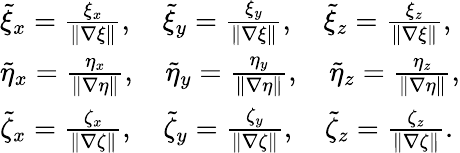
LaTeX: \begin{array}{ll}{\tilde{\xi}_{x}=\frac{\xi_{x}}{\| \nabla\xi\| },\quad\tilde{\xi}_{y}=\frac{\xi_{y}}{\| \nabla\xi\| },\quad\tilde{\xi}_{z}=\frac{\xi_{z}}{\| \nabla\xi\| },}\\ {\tilde{\eta}_{x}=\frac{\eta_{x}}{\| \nabla\eta\| },\quad\tilde{\eta}_{y}=\frac{\eta_{y}}{\| \nabla\eta\| },\quad\tilde{\eta}_{z}=\frac{\eta_{z}}{\| \nabla\eta\| },}\\ {\tilde{\zeta}_{x}=\frac{\zeta_{x}}{\| \nabla\zeta\| },\quad\tilde{\zeta}_{y}=\frac{\zeta_{y}}{\| \nabla\zeta\| },\quad\tilde{\zeta}_{z}=\frac{\zeta_{z}}{\| \nabla\zeta\| }.}\end{array}